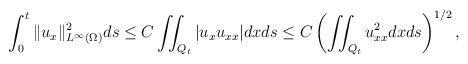
\begin{align*} &\int_0^t\|u_x\|_{L^\infty(\Omega)}^2 ds\leq C\iint_{Q_t}|u_xu_{xx}|dxds \leq C\left(\iint_{Q_t}u_{xx}^2 dxds\right)^{1/2}, \end{align*}